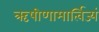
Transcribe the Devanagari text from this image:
ऋषीणामार्त्विज्यं